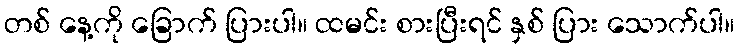
တစ် နေ့ကို ခြောက် ပြားပါ။ ထမင်း စားပြီးရင် နှစ် ပြား သောက်ပါ။